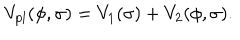
V _ { \mathrm { p l } } ( \phi , \sigma ) = V _ { 1 } ( \sigma ) + V _ { 2 } ( \phi , \sigma ) .